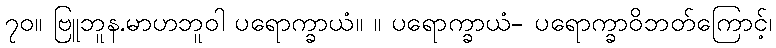
၇၀။ ဗြူဘူန.မာဟဘူဝါ ပရောက္ခာယံ။ ။ ပရောက္ခာယံ- ပရောက္ခာဝိဘတ်ကြောင့်၊